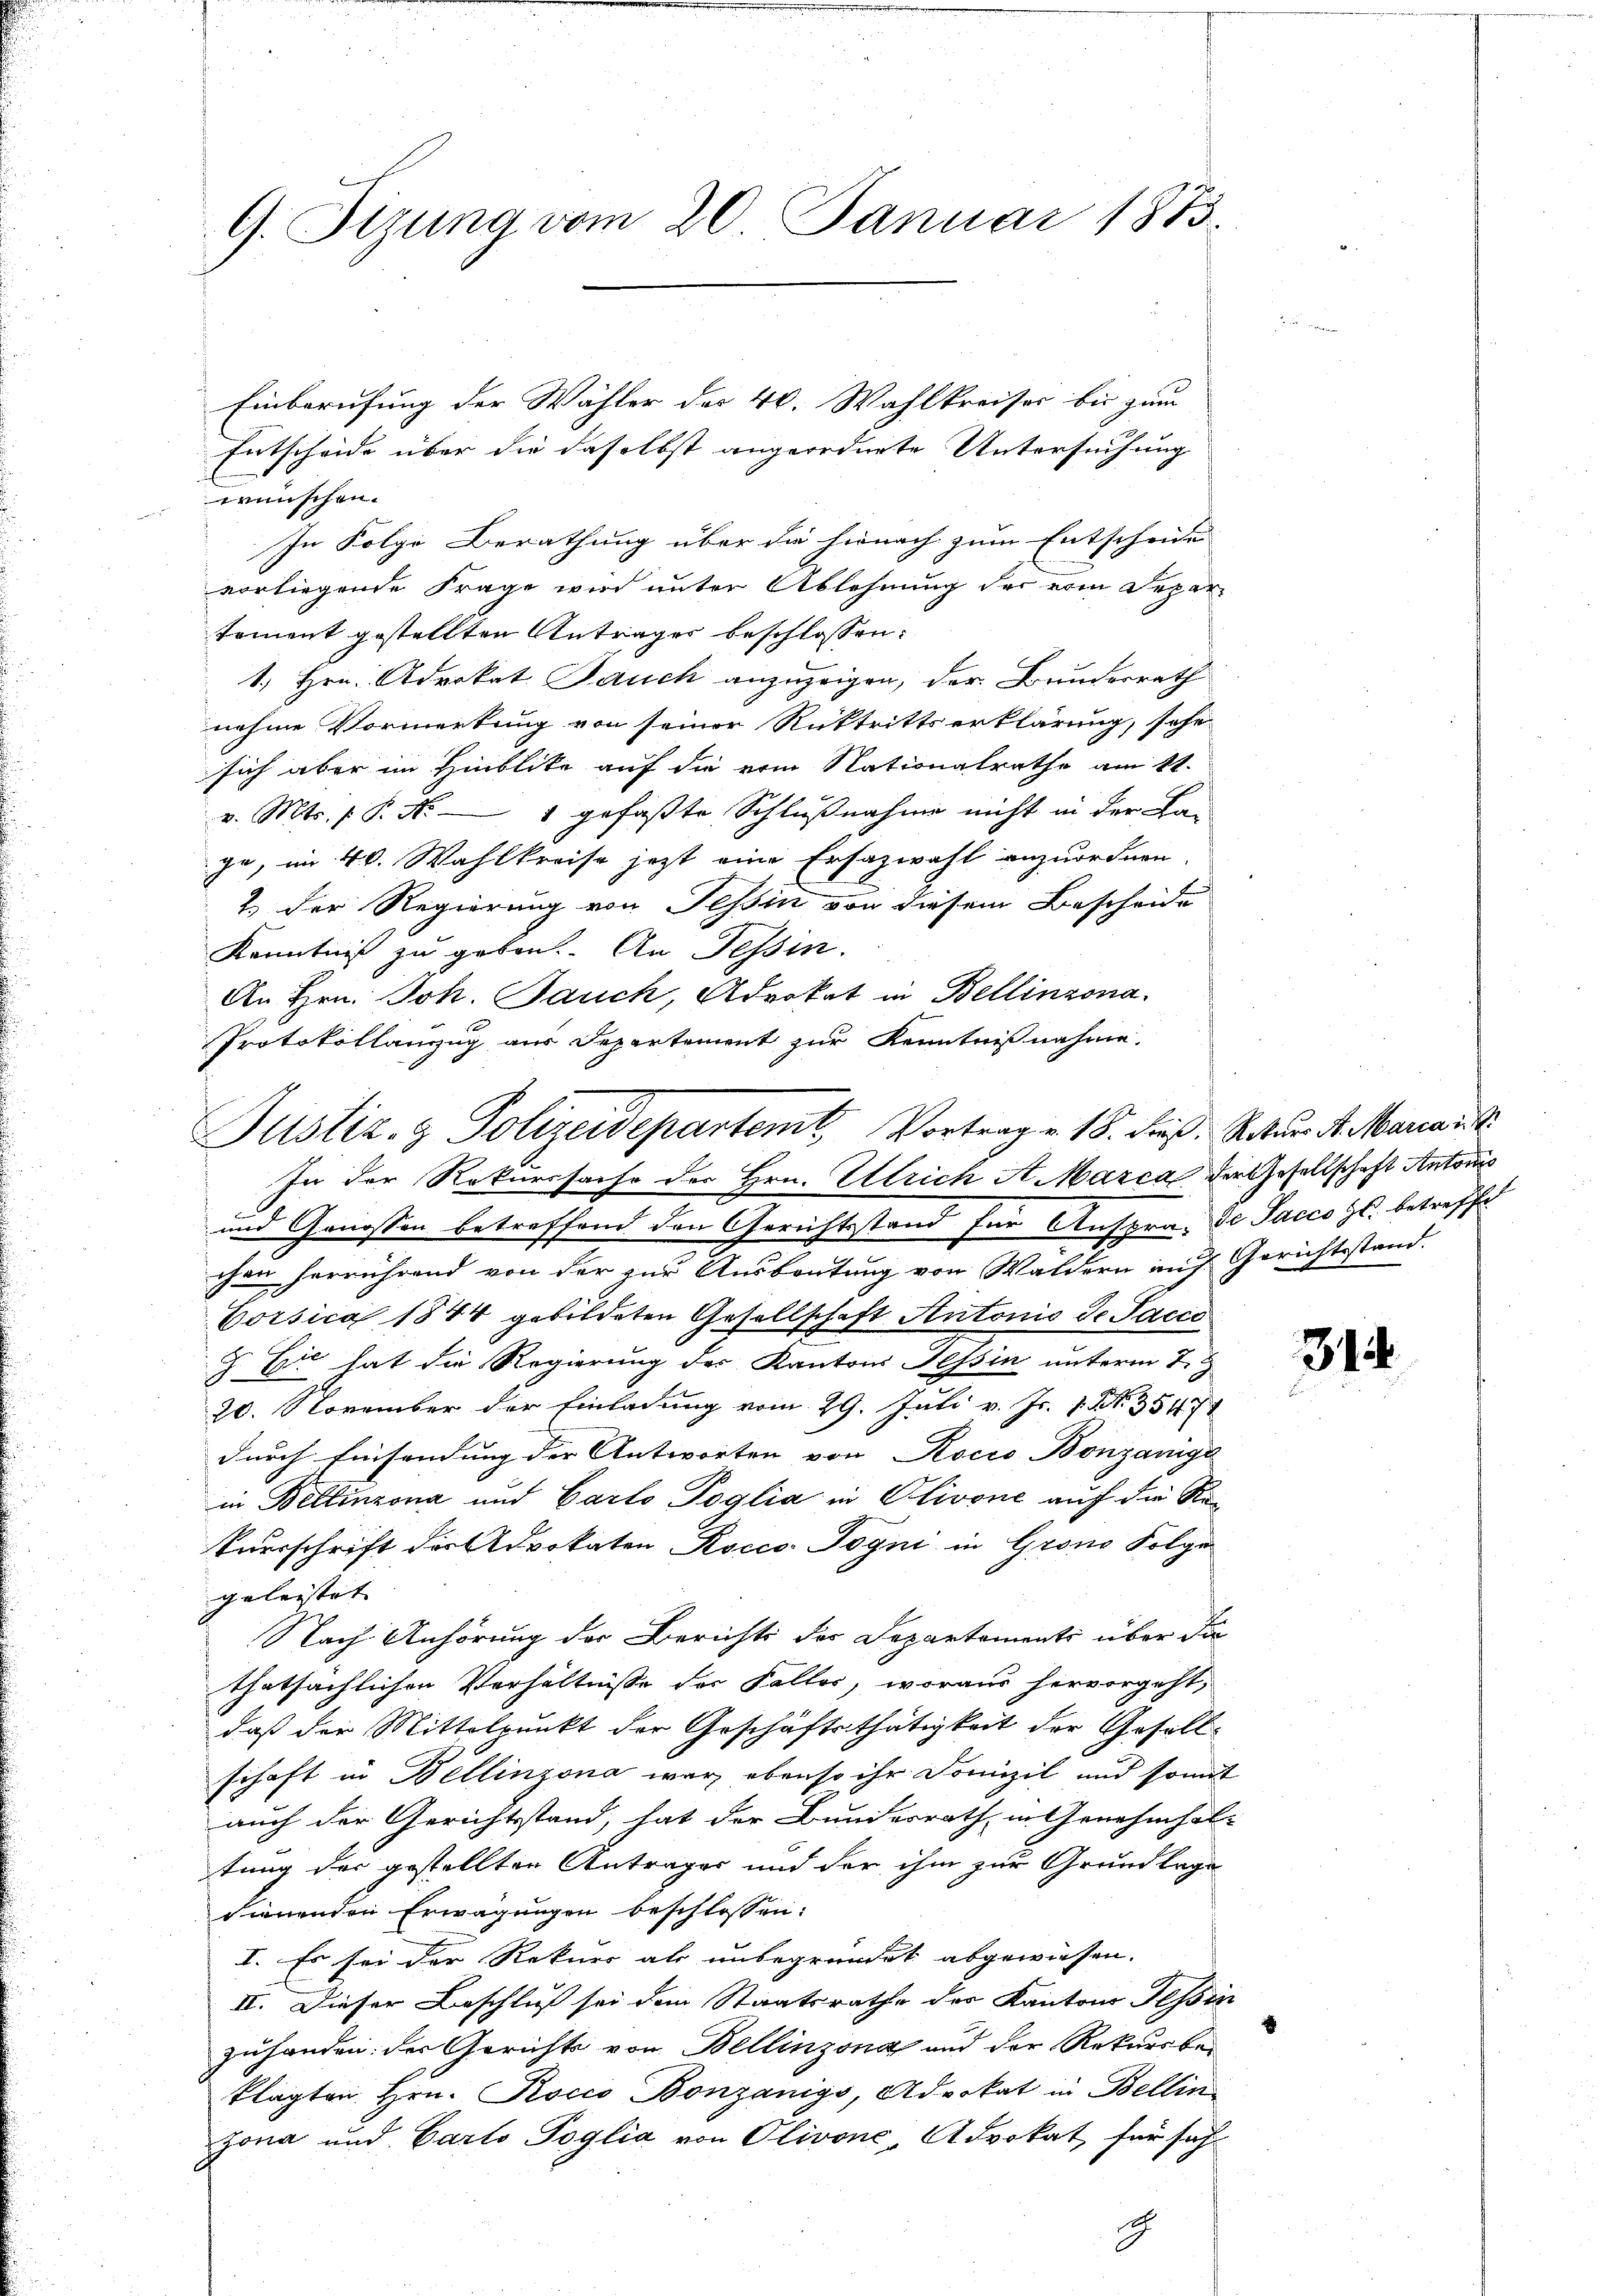
G. Sizung vom 20. Januar 1873

Entscheide über die daselbst angeordnete Untersuchung
wünschen.
In Folge Berathung über die hienach zum Entscheide
vorliegende Frage wird unter Ablehnung der vom Depar
toment gestellten Antrages beschlossen:
1. Hrn. Advokat Pauch anzuzeigen, der Bundesrath
nahme Vormerkung von seiner Rücktrittserklärung, sehe
sich aber im Hinblicke auf die ein Nationalrathe am 11.
v. Mts. P. Nr. 1 gefaßte Schlußnahme nicht in der La-
ge, im 4. Wahlkreise jetzt eine Ersazwahl anzuordnen.
2.) Der Regierung von Tessin von diesem Bescheide
Kenntniß zu geben. An Tessin.
An Hrn. Joh. Jauch, Advokat in Bellinzona.
Protokollanzzug aus Departement zur Kenntnißnahme.
In der Rekurssache des Hrn. Ulrich A. Marca der Gesellschaft Antons
und Genossen betreffend den Gerichtsstand für Anspra, de Sacco zs. betreffe
chen herrührend von der zur Ausbeutung von Waldern auf Gerichtsstand.
Corsica 1844 gebildeten Gesellschaft Antonis de Sacco
 Er hat die Regierung des Kantons Tessin unterm 7.
20. November der Einladung vom 29. Juli v. Js. v. N. 35471
durch Einsendung der Antworten von Rocio Bonzanige
in Bellinzona und Garto Poglia in Olivone auf die Re¬
Vursschrift der Advokaten Rocco Jogni in Grono Folge
geleistet |
Nach Anhörung der Berichts des Departements über die
thatsächlichen Verhältnisse der Faller, woraus hervorgeht,
daß der Mittelpunkt der Geschäftsthätigkeit der Gesellschaft in Bellinzona war ebenso ihr Domizil und somit
auch der Gerichtsstand, hat der Bundesrath in Genehmhol-
tung der gestellten Antrages und der ihm zur Grundlage
sienenden Erwägungen beschlossen:
I. Es sei der Rekurs als unbegründet abgewiesen.
II. Dieser Beschluß sei dem Staatsrathe der Kantons Tessin
zuhanden der Gerichts von Bellinzona und der Rekursbeklagten Hrn. Kocco Bonzanigs, Advokat in Bellin
zona und Carto Poglia von Olivone, Advokat, für sich
g

Einberufung der Wähler des 46. Wahlkreises bis zum

Justiz- & Polizeidepartemt, Vortrag v. 18. dieß. Natur d. Marias S

314